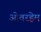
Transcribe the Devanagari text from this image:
ओवरहेम